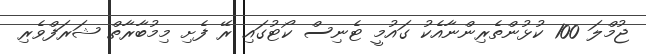
ޖުމްލަ 100 ކުޅުންތެރިންނާއެކު ގައުމީ ޓެނިސް ކޯޓުގައި ރޭ ފެށި މިމުބާރާތް ޝަރަފްވެރި